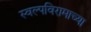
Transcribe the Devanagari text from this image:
स्वल्पविरामाच्या